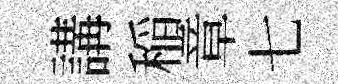
講稲章七